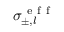
\sigma _ { \pm , l } ^ { \mathrm { ~ e ~ f ~ f ~ } }